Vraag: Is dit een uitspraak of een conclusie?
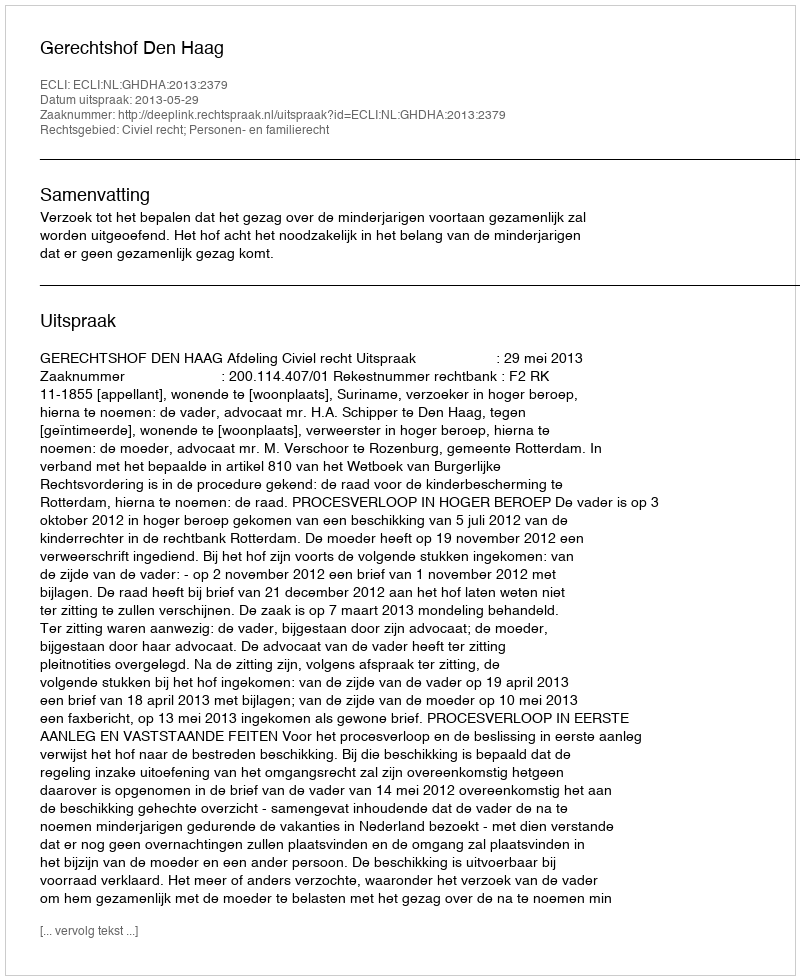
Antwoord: Uitspraak